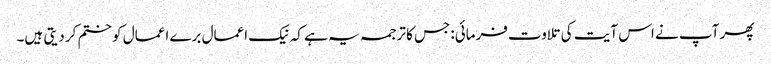
پھر آپ نے اس آیت کی تلاوت فرمائی:جس کا ترجمہ یہ ہے کہ نیک اعمال برے اعمال کو ختم کر دیتی ہیں۔